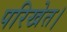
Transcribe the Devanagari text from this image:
परिखेत।